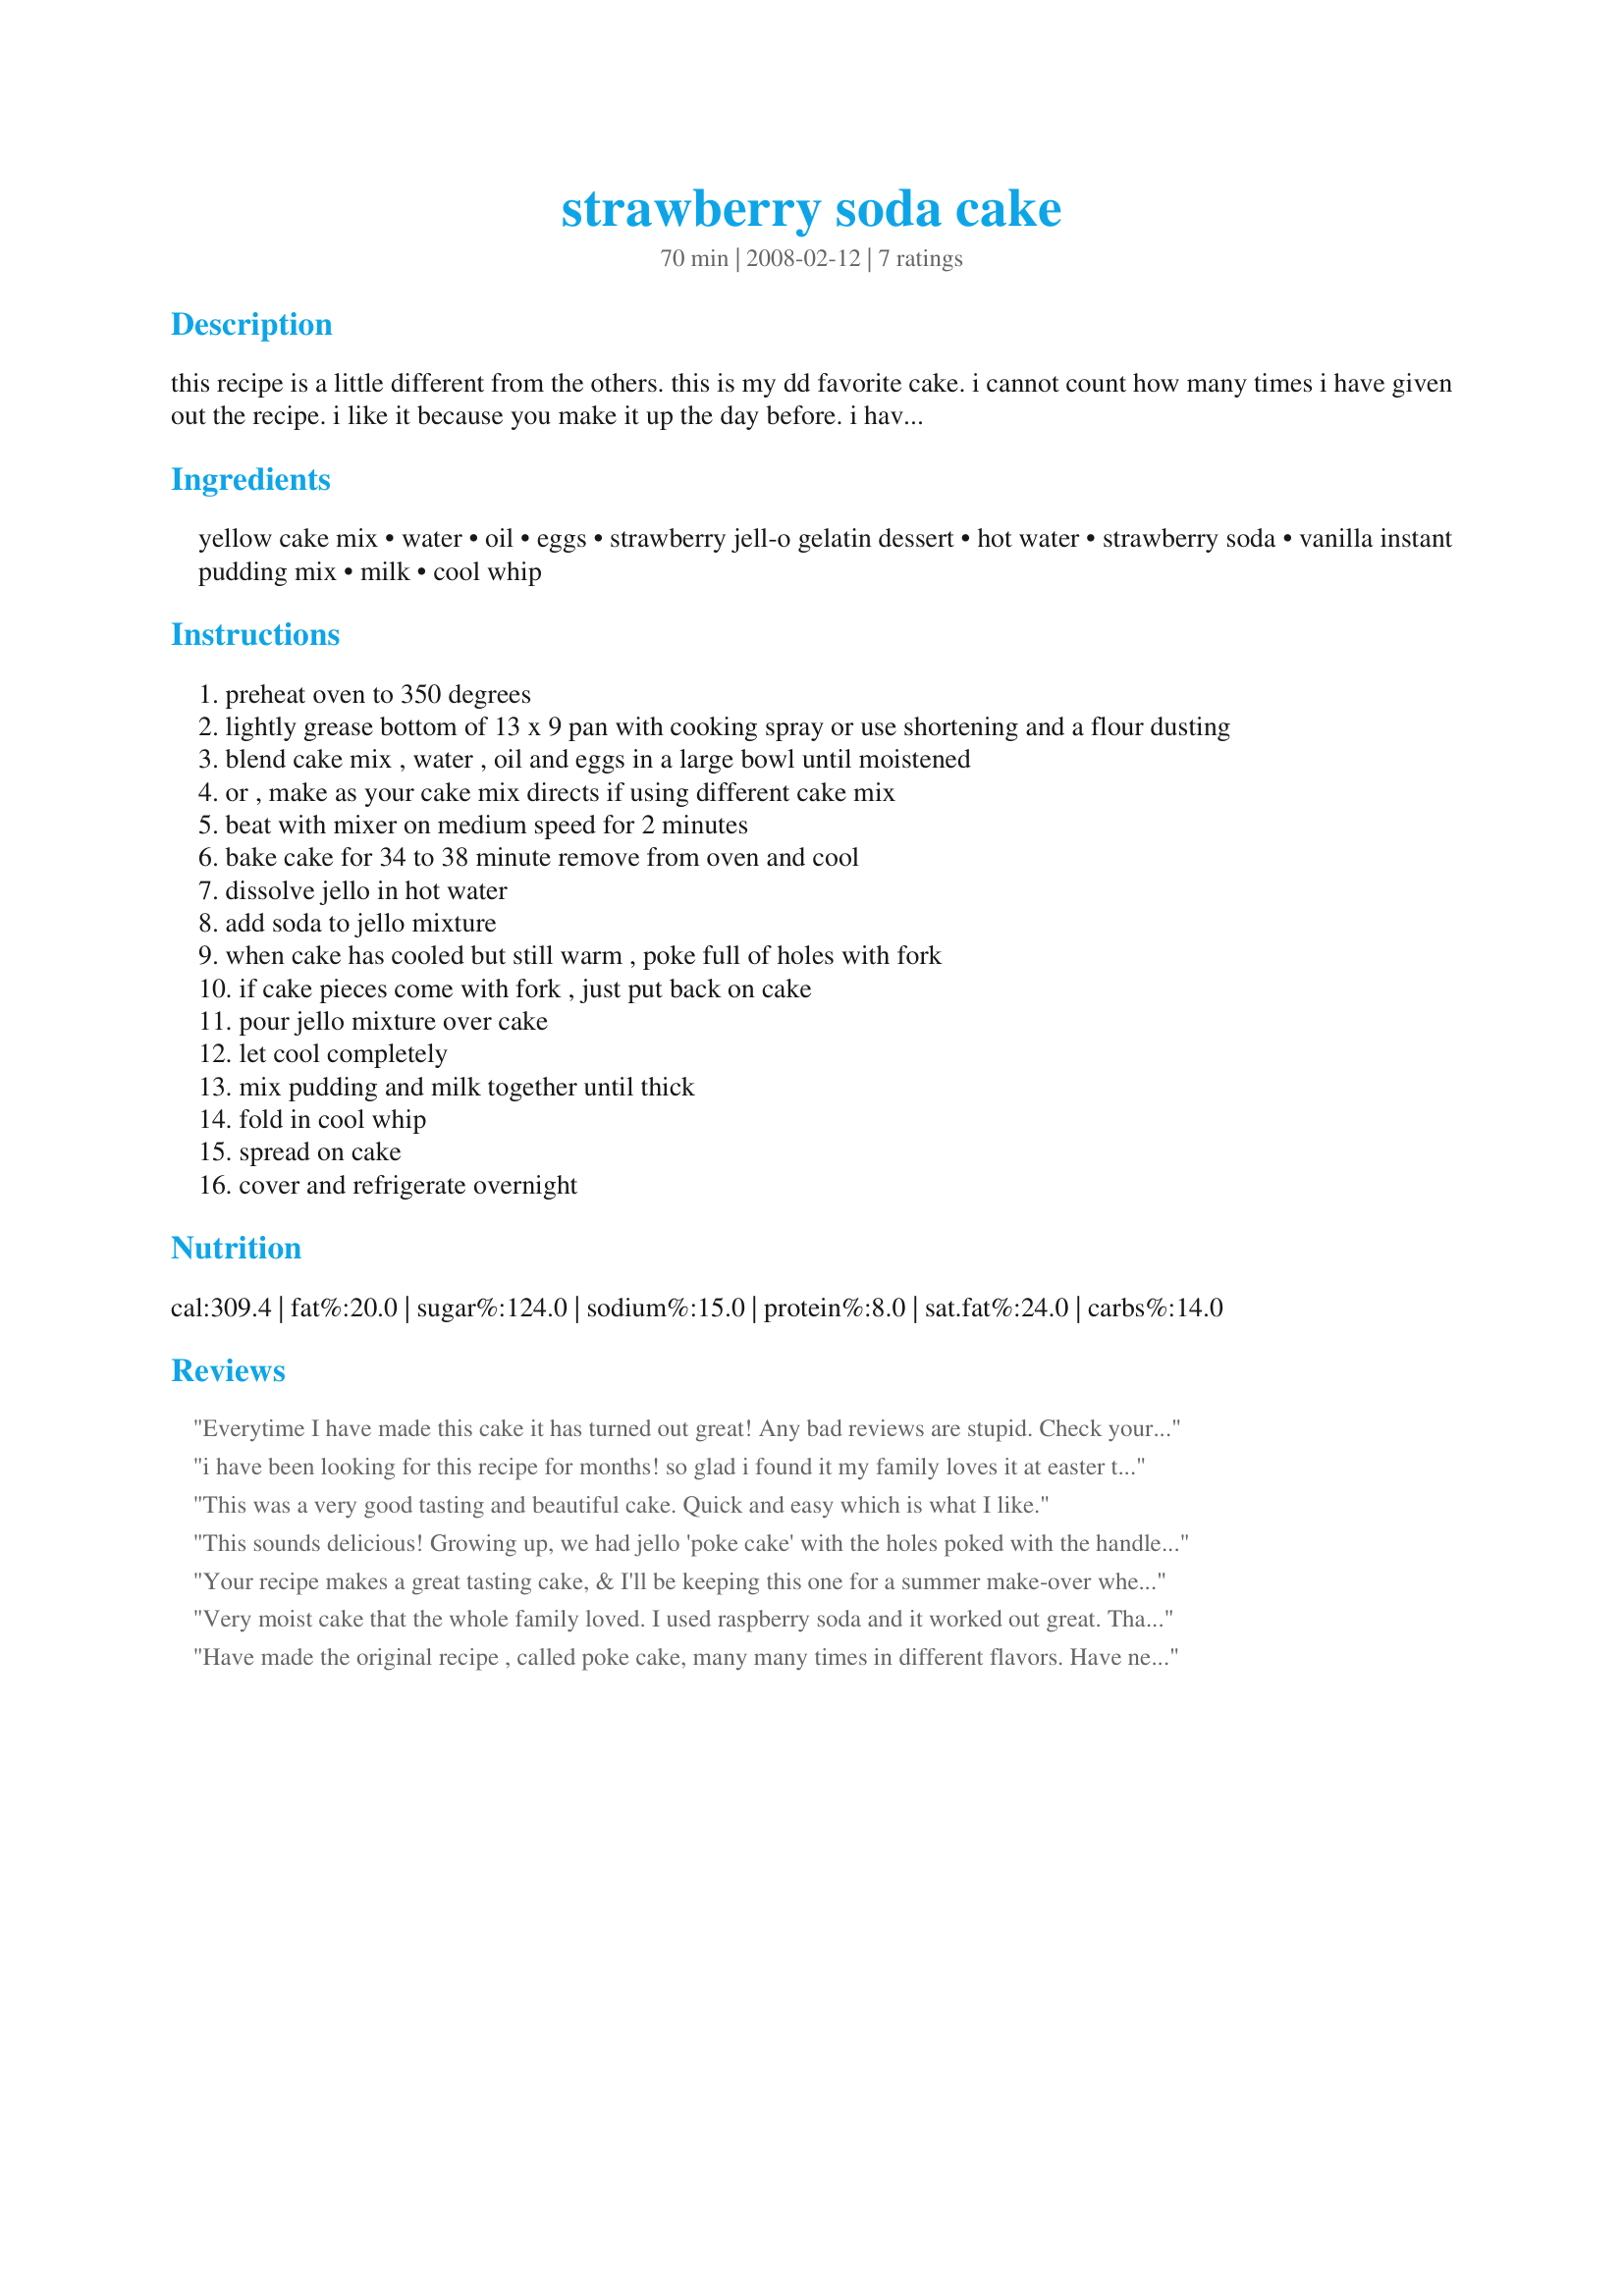
strawberry soda cake
Preparation time: 70 minutes

this recipe is a little different from the others. this is my dd favorite cake. i cannot count how many times i have given out the recipe. i like it because you make it up the day before. i have also used a butter cake mix with good results. i have used other brands also. cooking time does not include overnight refrigeration time.

Ingredients:
yellow cake mix, water, oil, eggs, strawberry jell-o gelatin dessert, hot water, strawberry soda, vanilla instant pudding mix, milk, cool whip

Steps:
preheat oven to 350 degrees
lightly grease bottom of 13 x 9 pan with cooking spray or use shortening and a flour dusting
blend cake mix , water , oil and eggs in a large bowl until moistened
or , make as your cake mix directs if using different cake mix
beat with mixer on medium speed for 2 minutes
bake cake for 34 to 38 minute remove from oven and cool
dissolve jello in hot water
add soda to jello mixture
when cake has cooled but still warm , poke full of holes with fork
if cake pieces come with fork , just put back on cake
pour jello mixture over cake
let cool completely
mix pudding and milk together until thick
fold in cool whip
spread on cake
cover and refrigerate overnight

Reviews:
Everytime I have made this cake it has turned out great! Any bad reviews are stupid. Check your oven your ingrediants! Make sure they are good ingrediants! This one is great! If you do it exactly how it says to do it you won't have a problem if your ingrediants are good!
i have been looking for this recipe for months! so glad i found it my family loves it at easter time!
This was a very good tasting and beautiful cake.
Quick and easy which is what I like.
This sounds delicious! Growing up, we had jello 'poke cake' with the holes poked with the handle of a wooden spoon, but I've never had it with soda added. Sounds like it would add an interesting bubbly texture and even more strawberry flavor! I can't wait to try this!
Your recipe makes a great tasting cake, & I'll be keeping this one for a summer make-over when I can top it with sliced or halved fresh strawberries! I used the end of a wooden spoon to poke large holes into the cake before pouring on the gelatin! Many thanks! [Tagged, made & reviewed for one of my teammates in AUS/NZ Recipe Swap, Mar 08]
Very moist cake that the whole family loved. I used raspberry soda and it worked out great. Thanks for posting.
Have made the original recipe , called poke cake, many many times in different flavors. Have never used soda pop but because we do not like desserts too sweet substitute ginerale and strawberry jello. The ginerale gives it a little "bite". Thanks for a wonderful twist on an old reliable favorite.
